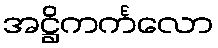
အဋ္ဌိကင်္ကလော